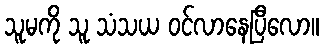
သူမကို သူ သံသယ ဝင်လာနေပြီလော။